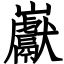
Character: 巚